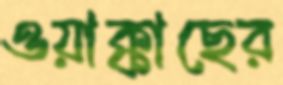
ওয়াক্কাছের